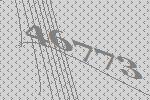
46773